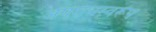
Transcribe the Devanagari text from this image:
अपराधस्वरूप